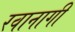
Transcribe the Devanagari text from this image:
रवानागी